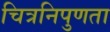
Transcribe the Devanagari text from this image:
चित्रनिपुणता